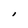
Character: I